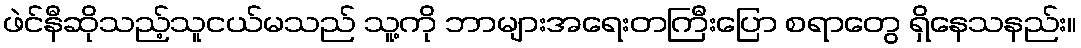
ဖဲင်နီဆိုသည့်သူငယ်မသည် သူ့ကို ဘာများအရေးတကြီးပြော စရာတွေ ရှိနေသနည်း။